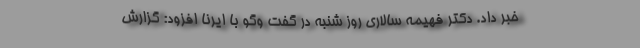
خبر داد. دکتر فهیمه سالاری روز شنبه در گفت وگو با ایرنا افزود: گزارش